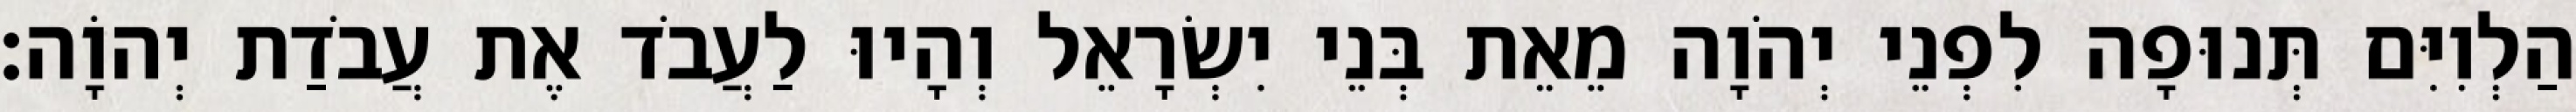
הַלְוִיִּם תְּנוּפָה לִפְנֵי יְהֹוָה מֵאֵת בְּנֵי יִשְׂרָאֵל וְהָיוּ לַעֲבֹד אֶת עֲבֹדַת יְהוָֹה׃